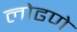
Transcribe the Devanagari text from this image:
लोढणे